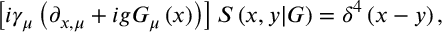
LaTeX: \left[ i \gamma _ { \mu } \left( \partial _ { x , \mu } + i g G _ { \mu } \left( x \right) \right) \right] S \left( x , y | G \right) = \delta ^ { 4 } \left( x - y \right) ,